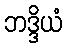
ဘဒ္ဒိယံ